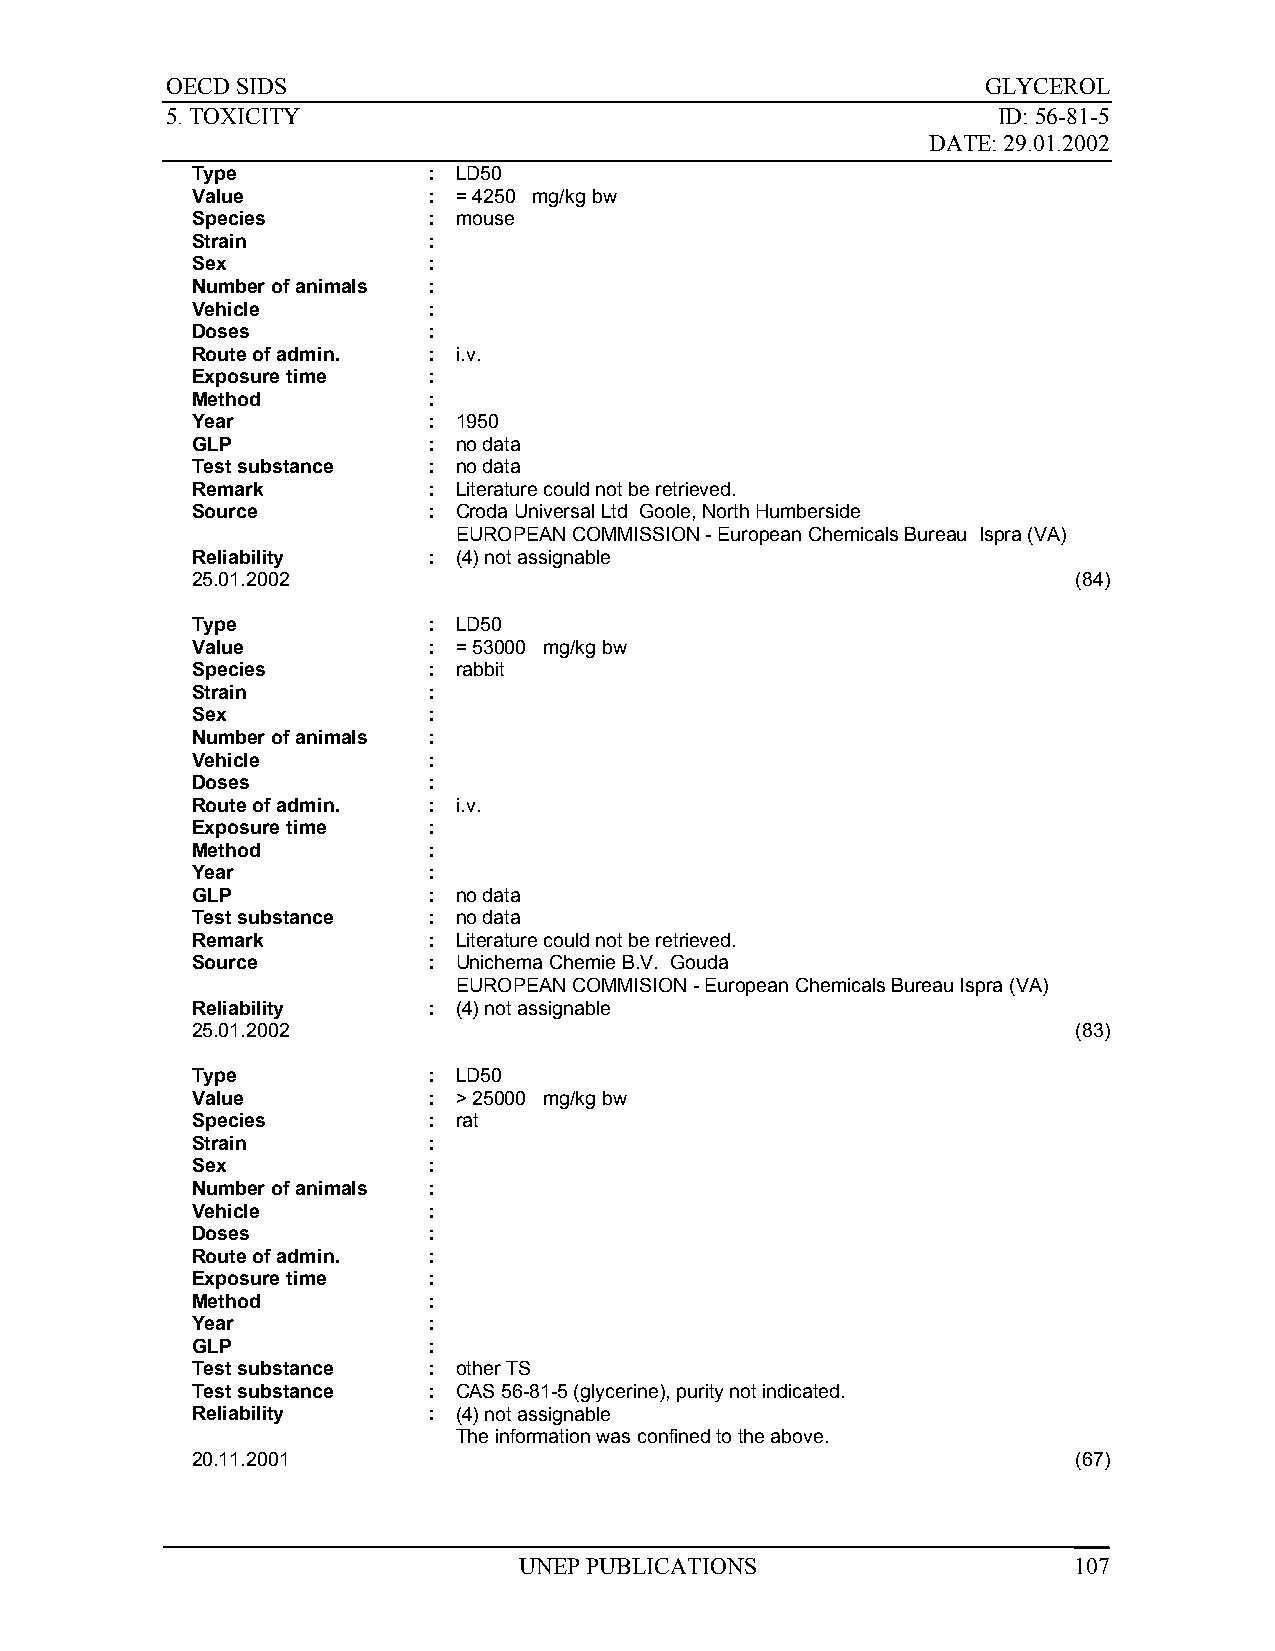
OECD SIDS                                             GLYCEROL
 5. TOXICITY                                            ID: 56-81-5
 DATE: 29.01.2002
 Type           : LD50
 Value          : = 4250 mg/kg bw
 Species        : mouse
 Strain         :
 Sex            :
 Number of animals :
 Vehicle        :
 Doses          :
 Route of admin. : i.v.
 Exposure time  :
 Method         :
 Year           : 1950
 GLP            : no data
 Test substance : no data
 Remark         : Literature could not be retrieved.
 Source         : Croda Universal Ltd Goole, North Humberside
 EUROPEAN COMMISSION - European Chemicals Bureau Ispra (VA)
 Reliability    : (4) not assignable
 25.01.2002                                                (84)
 Type           : LD50
 Value          : = 53000 mg/kg bw
 Species        : rabbit
 Strain         :
 Sex            :
 Number of animals :
 Vehicle        :
 Doses          :
 Route of admin. : i.v.
 Exposure time  :
 Method         :
 Year           :
 GLP            : no data
 Test substance : no data
 Remark         : Literature could not be retrieved.
 Source         : Unichema Chemie B.V. Gouda
 EUROPEAN COMMISION - European Chemicals Bureau Ispra (VA)
 Reliability    : (4) not assignable
 25.01.2002                                                (83)
 Type           : LD50
 Value          : > 25000 mg/kg bw
 Species        : rat
 Strain         :
 Sex            :
 Number of animals :
 Vehicle        :
 Doses          :
 Route of admin. :
 Exposure time  :
 Method         :
 Year           :
 GLP            :
 Test substance : other TS
 Test substance : CAS 56-81-5 (glycerine), purity not indicated.
 Reliability    : (4) not assignable
 The information was confined to the above.
 20.11.2001                                                (67)
 UNEP PUBLICATIONS                    107